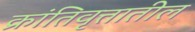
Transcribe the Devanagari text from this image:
क्रांतिवृत्तातील